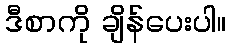
ဒီစာကို ချိန်ပေးပါ။